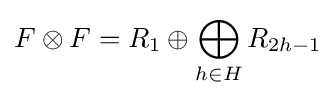
F\otimes F=R_{1}\oplus \bigoplus _{h\in H}R_{2h-1}